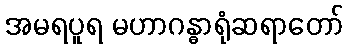
အမရပူရ မဟာဂန္ဓာရုံဆရာတော်